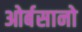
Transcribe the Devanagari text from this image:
ओर्बसानो